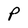
Character: P